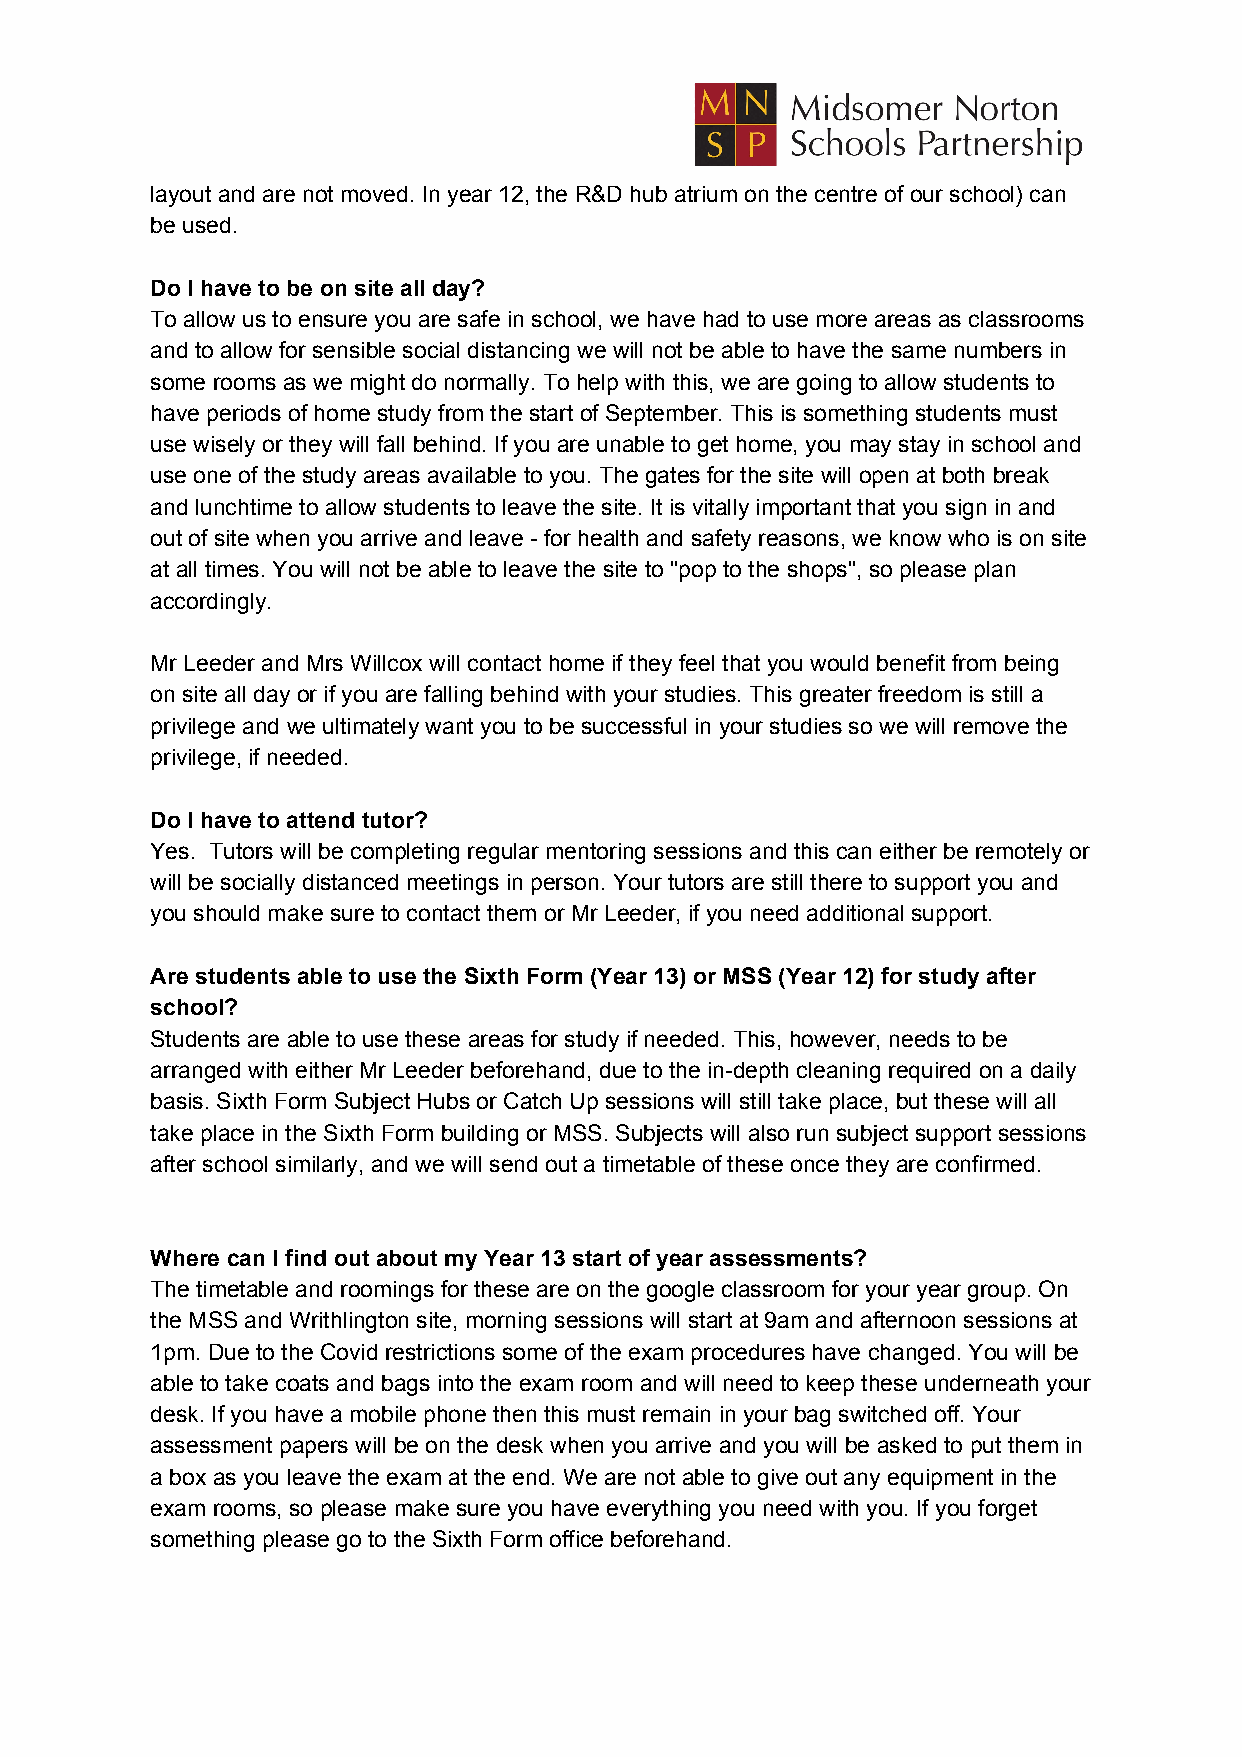
layout and are not moved. In year 12, the R&D hub atrium on the centre of our school) can
 be used.
 Do I have to be on site all day?
 To allow us to ensure you are safe in school, we have had to use more areas as classrooms
 and to allow for sensible social distancing we will not be able to have the same numbers in
 some rooms as we might do normally. To help with this, we are going to allow students to
 have periods of home study from the start of September. This is something students must
 use wisely or they will fall behind. If you are unable to get home, you may stay in school and
 use one of the study areas available to you. The gates for the site will open at both break
 and lunchtime to allow students to leave the site. It is vitally important that you sign in and
 out of site when you arrive and leave - for health and safety reasons, we know who is on site
 at all times. You will not be able to leave the site to "pop to the shops", so please plan
 accordingly.
 Mr Leeder and Mrs Willcox will contact home if they feel that you would benefit from being
 on site all day or if you are falling behind with your studies. This greater freedom is still a
 privilege and we ultimately want you to be successful in your studies so we will remove the
 privilege, if needed.
 Do I have to attend tutor?
 Yes. Tutors will be completing regular mentoring sessions and this can either be remotely or
 will be socially distanced meetings in person. Your tutors are still there to support you and
 you should make sure to contact them or Mr Leeder, if you need additional support.
 Are students able to use the Sixth Form (Year 13) or MSS (Year 12) for study after
 school?
 Students are able to use these areas for study if needed. This, however, needs to be
 arranged with either Mr Leeder beforehand, due to the in-depth cleaning required on a daily
 basis. Sixth Form Subject Hubs or Catch Up sessions will still take place, but these will all
 take place in the Sixth Form building or MSS. Subjects will also run subject support sessions
 after school similarly, and we will send out a timetable of these once they are confirmed.
 Where can I find out about my Year 13 start of year assessments?
 The timetable and roomings for these are on the google classroom for your year group. On
 the MSS and Writhlington site, morning sessions will start at 9am and afternoon sessions at
 1pm. Due to the Covid restrictions some of the exam procedures have changed. You will be
 able to take coats and bags into the exam room and will need to keep these underneath your
 desk. If you have a mobile phone then this must remain in your bag switched off. Your
 assessment papers will be on the desk when you arrive and you will be asked to put them in
 a box as you leave the exam at the end. We are not able to give out any equipment in the
 exam rooms, so please make sure you have everything you need with you. If you forget
 something please go to the Sixth Form office beforehand.